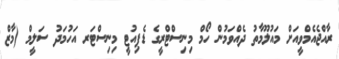
ރާއްޖެއެމްވީއަށް މައުލޫމާތު ދެއްވަމުން ހޯމް މިނިސްޓްރީގެ ޑެޕިއުޓީ މިނިސްޓަރ އަހުމަދު ސަލީމް (މާޒް